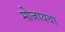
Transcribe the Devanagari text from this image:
मोजायचा